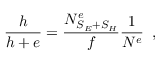
\frac { h } { h + e } = \frac { N _ { S _ { E } + S _ { H } } ^ { e } } { f } \frac { 1 } { N ^ { e } } \; \; ,